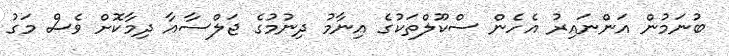
ބުނަމުން އަންނައިރު އެހެން ސްކޫލްތަކުގެ އިނާމު ދިނުމުގެ ޖަލްސާއާ ދިމާކޮށް ވެސް މަގު